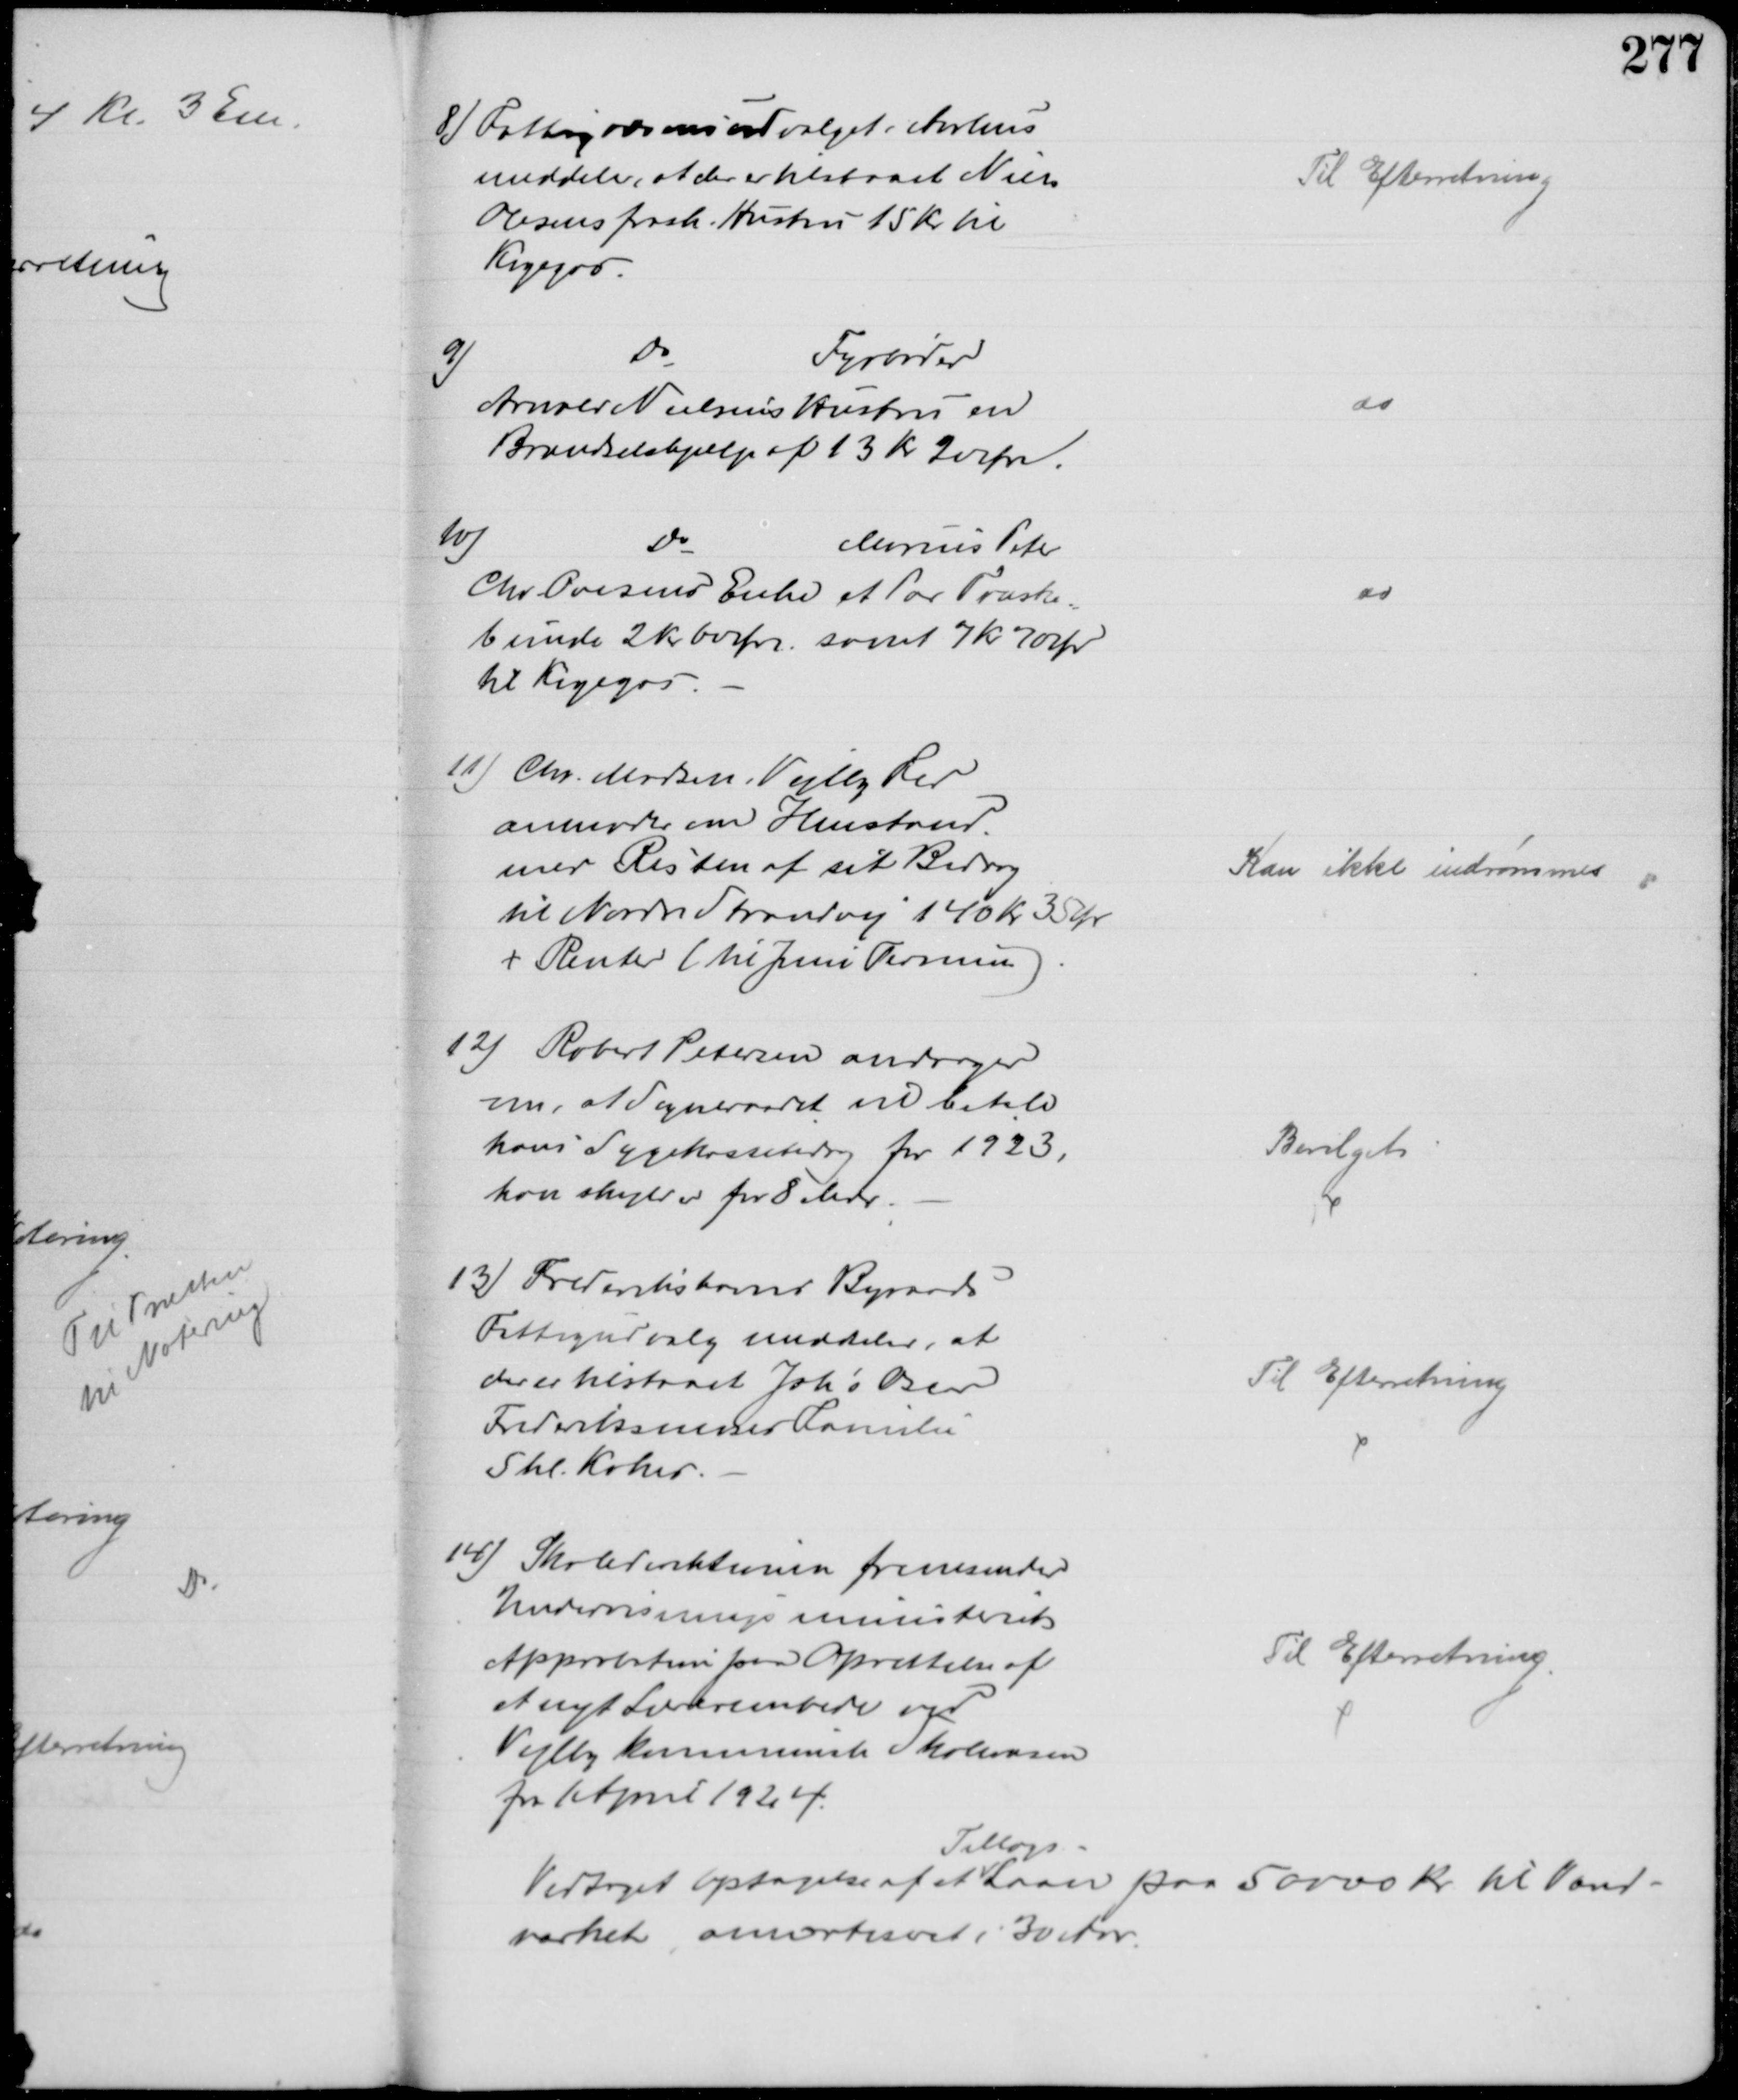
Transskription:
8) Fattigvæsensudvalget i Aarhus
meddeler, at der er tilstaaet Niels
Olesens frask. Hustru 15 Kr til
Kogegas.
Til Efterretning
9)
Do
Fyrbøder
Arnold Nielsens Hustru en
Brændselshjælp af 13 Kr 20 Øre.
do
10)
Do
Marius Peter
Chr. Ovesens Enke et Par Træsko-
bunde 2 Kr 60 Øre samt 7 Kr 70 Ør
til Kogegas
do
11) Chr. Madsen, Vejlby Fed
anmoder om Henstand
med Resten af sit Bidrag
til Nordre Strandvej 140 Kr 35 Ør
+ Renter (til Juni Termin)
Kan ikke indrømmes
jo
12) Robert Petersen andrager
om, at Sogneraadet vil betale
hans Sygekassebidrag for 1923,
han skylder for 8 Mdr.
Bevilget
13) Frederikshavns Byraads
Fattigudvalg meddeler, at
der er tilstaaet Johs Oscar
Frederiksmoses Familie
5 hl. Kokes.
Til Efterretning
14) Skoledirektionen fremsender
Undervisningsministeriets
Approbation for Oprettelse af
et nyt Lærerembede ved
Vejlby Kommunale Skolevæsen
fra April 1924.
Til Efterretning
Vedtoges Optagelse af et 
Tillægs-
Laan paa 50000 Kr til Vand-
værket amortiseret i 30 Aar.